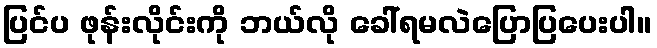
ပြင်ပ ဖုန်းလိုင်းကို ဘယ်လို ခေါ်ရမလဲပြောပြပေးပါ။